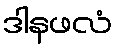
ဒါနဖလံ